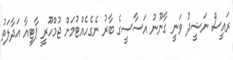
ރައީސް ނަޝީދު ވަނީ ގާނޫނު އަސާސީގެ ބާރު ނެގެހެއްޓުމަށް ޖުމްހޫރީ ޕާޓީއާ އަދާލަތު